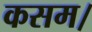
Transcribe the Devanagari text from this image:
कसम।